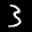
Label: 3